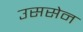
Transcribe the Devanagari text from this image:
उससेन